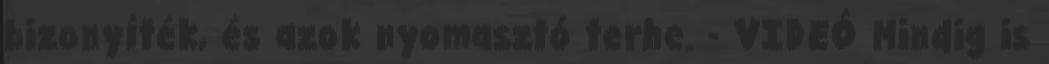
bizonyíték, és azok nyomasztó terhe. - VIDEÓ Mindig is